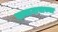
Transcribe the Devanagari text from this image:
गावागावाच्या